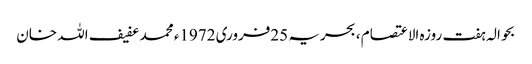
بحوالہ ہفت روزہ الاعتصام ، بحریہ 25فروری 1972ء محمد عفیف اللہ خان